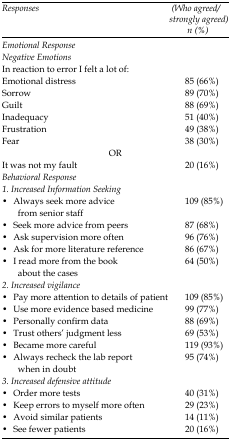
| Responses | (Who agreed/strongly agreed) n (%) |
 | --- | --- |
 | Emotional Response |  |
 | Negative Emotions |  |
 | In reaction to error I felt a lot of: |
 | Emotional distress | 85 (66%) |
 | Sorrow | 89 (70%) |
 | Guilt | 88 (69%) |
 | Inadequacy | 51 (40%) |
 | Frustration | 49 (38%) |
 | Fear | 38 (30%) |
 | <COLSPAN=2> OR |
 | It was not my fault | 20 (16%) |
 | Behavioral Response |
 | 1. Increased Information Seeking |
 | • Always seek more advice from senior staff | 109 (85%) |
 | • Seek more advice from peers | 87 (68%) |
 | • Ask supervision more often | 96 (76%) |
 | • Ask for more literature reference | 86 (67%) |
 | • I read more from the book about the cases | 64 (50%) |
 | 2. Increased vigilance |
 | • Pay more attention to details of patient | 109 (85%) |
 | • Use more evidence based medicine | 99 (77%) |
 | • Personally confirm data | 88 (69%) |
 | • Trust others’ judgment less | 69 (53%) |
 | • Became more careful | 119 (93%) |
 | • Always recheck the lab report when in doubt | 95 (74%) |
 | 3. Increased defensive attitude |
 | • Order more tests | 40 (31%) |
 | • Keep errors to myself more often | 29 (23%) |
 | • Avoid similar patients | 14 (11%) |
 | • See fewer patients | 20 (16%) |